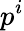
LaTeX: p^{i}